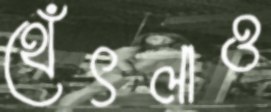
থেঁৎলাও